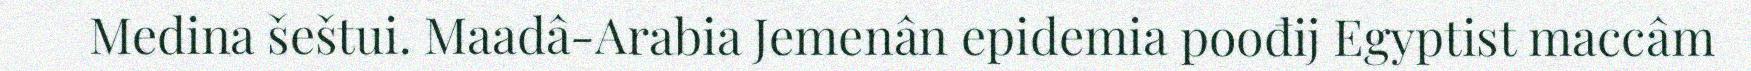
Medina šeštui. Maadâ-Arabia Jemenân epidemia poođij Egyptist maccâm